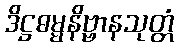
ဒိဋ္ဌဓမ္မနိဗ္ဗာနသုတ္တံ